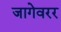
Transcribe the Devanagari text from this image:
जागेवरर